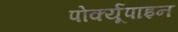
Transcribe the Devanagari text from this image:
पोर्क्यूपाइन